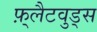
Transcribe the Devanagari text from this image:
फ़्लैटवुड्स